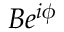
B e ^ { i \phi }